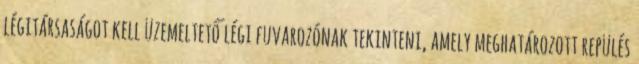
légitársaságot kell üzemeltető légi fuvarozónak tekinteni, amely meghatározott repülés